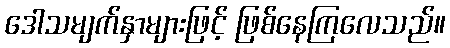
ဒေါသမျက်နှာများဖြင့် ဖြစ်နေကြလေသည်။